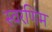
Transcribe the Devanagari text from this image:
स्वरणिम